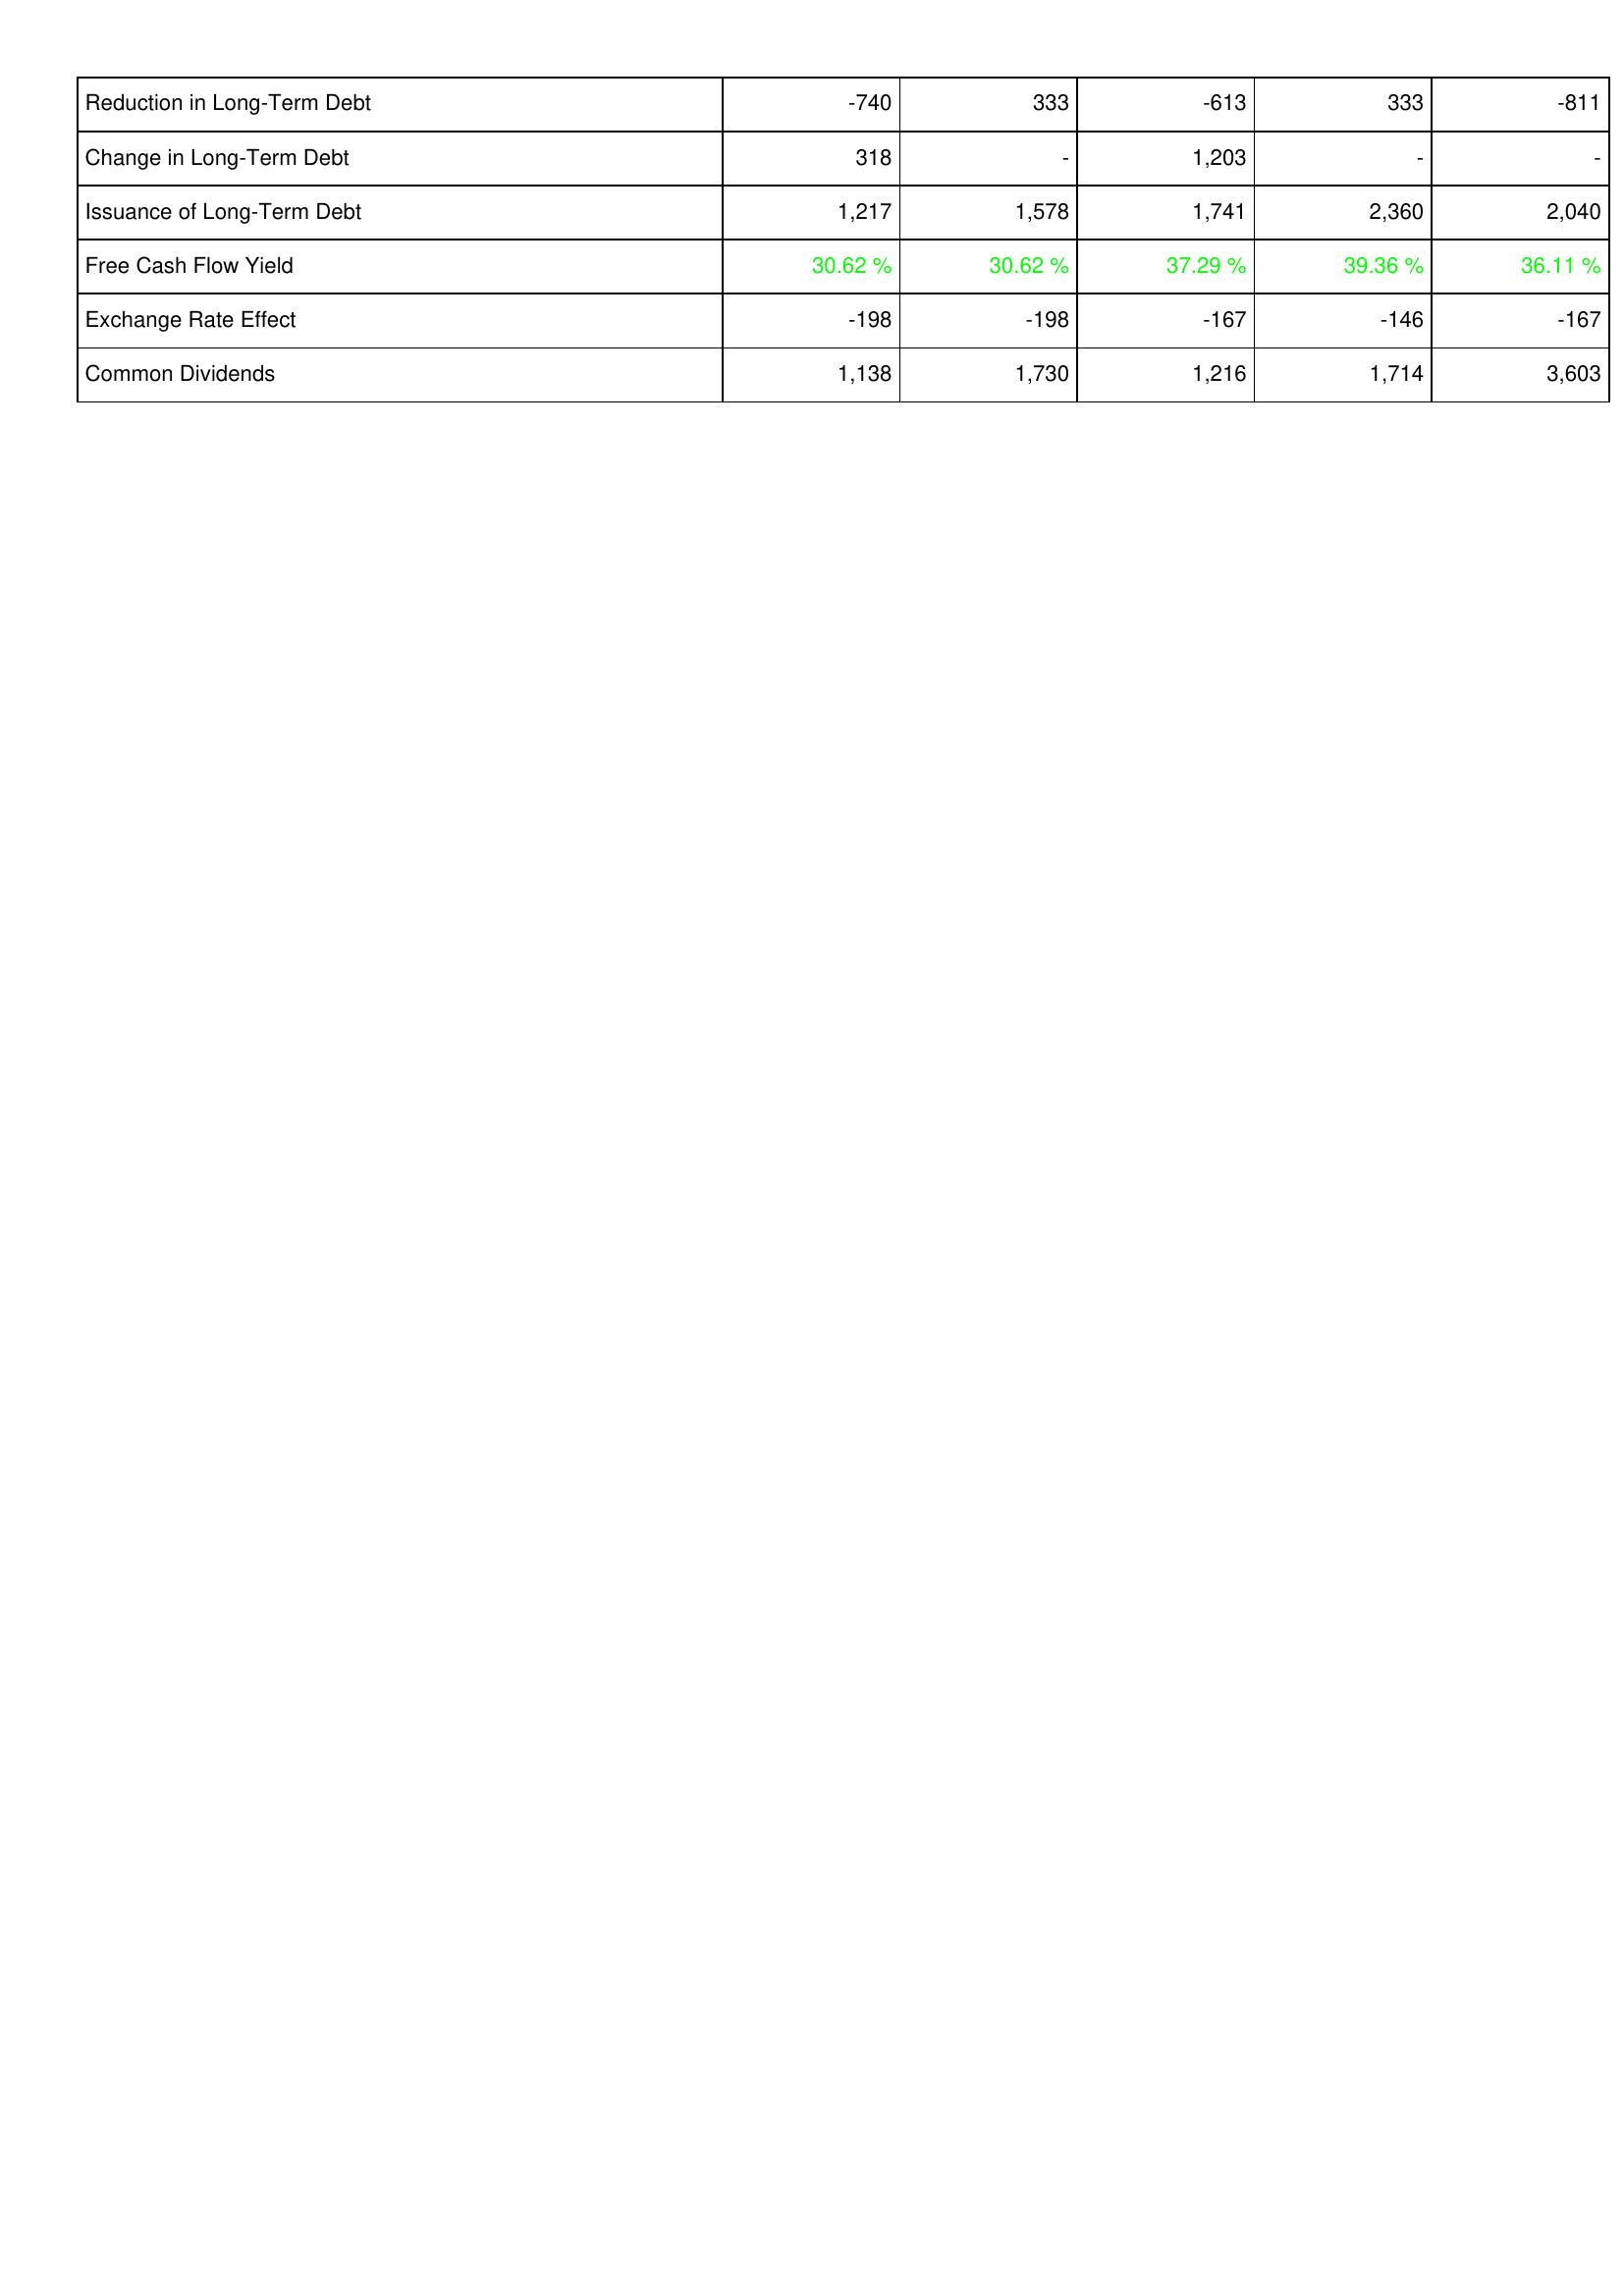
2009: Financing Activities: Reduction in Long-Term Debt: -740
Change in Long-Term Debt: 318
Issuance of Long-Term Debt: 1,217
Free Cash Flow Yield: 30.62 %
Exchange Rate Effect: -198
Common Dividends: 1,138
2008: Financing Activities: Reduction in Long-Term Debt: 333
Change in Long-Term Debt: -
Issuance of Long-Term Debt: 1,578
Free Cash Flow Yield: 30.62 %
Exchange Rate Effect: -198
Common Dividends: 1,730
2007: Financing Activities: Reduction in Long-Term Debt: -613
Change in Long-Term Debt: 1,203
Issuance of Long-Term Debt: 1,741
Free Cash Flow Yield: 37.29 %
Exchange Rate Effect: -167
Common Dividends: 1,216
2006: Financing Activities: Reduction in Long-Term Debt: 333
Change in Long-Term Debt: -
Issuance of Long-Term Debt: 2,360
Free Cash Flow Yield: 39.36 %
Exchange Rate Effect: -146
Common Dividends: 1,714
2005: Financing Activities: Reduction in Long-Term Debt: -811
Change in Long-Term Debt: -
Issuance of Long-Term Debt: 2,040
Free Cash Flow Yield: 36.11 %
Exchange Rate Effect: -167
Common Dividends: 3,603